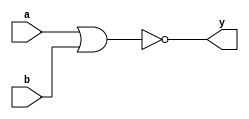
`timescale 1ns / 1ps
//////////////////////////////////////////////////////////////////////////////////
// Company: 
// Engineer: 
// 
// Design Name: 
// Module Name: nor_1
// Project Name: 
// Target Devices: 
// Tool Versions: 
// Description: 
// 
// Dependencies: 
// 
// Revision:
// Revision 0.01 - File Created
// Additional Comments:
// 
//////////////////////////////////////////////////////////////////////////////////


module nor_1(a,b,y);
input a,b;
output y;
assign y=~(a|b);
endmodule